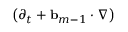
\bigl ( \partial _ { t } + \ensuremath { \mathbf { b } } _ { m - 1 } \cdot \nabla \bigr )